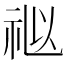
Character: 𥙩